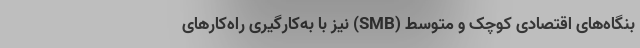
بنگاه‌های اقتصادی کوچک و متوسط (SMB) نیز با به‌کارگیری راه‌کارهای